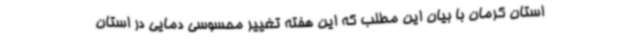
استان کرمان با بیان این مطلب که این هفته تغییر محسوسی دمایی در استان